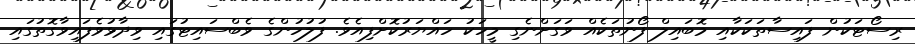
ރިސޯޓަކުން ފައިސާތަކަކާއި މޮބައިލް ފޯނުތަކެއް ވަގަށްނެގި މީހަކު ހައްޔަރުކޮށްފިއެވެ. ފުލުހުންގެ ވެބްސައިޓުގައި ވިދާޅުވެފައިވާގޮތުގައި